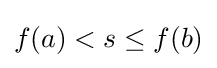
f(a)<s\leq f(b)